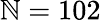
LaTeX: \mathbb{N}=102